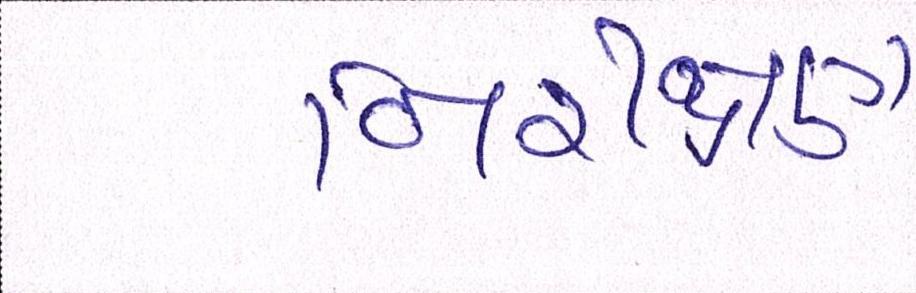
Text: નિરીક્ષણ